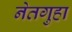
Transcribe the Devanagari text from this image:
नेतगुहा